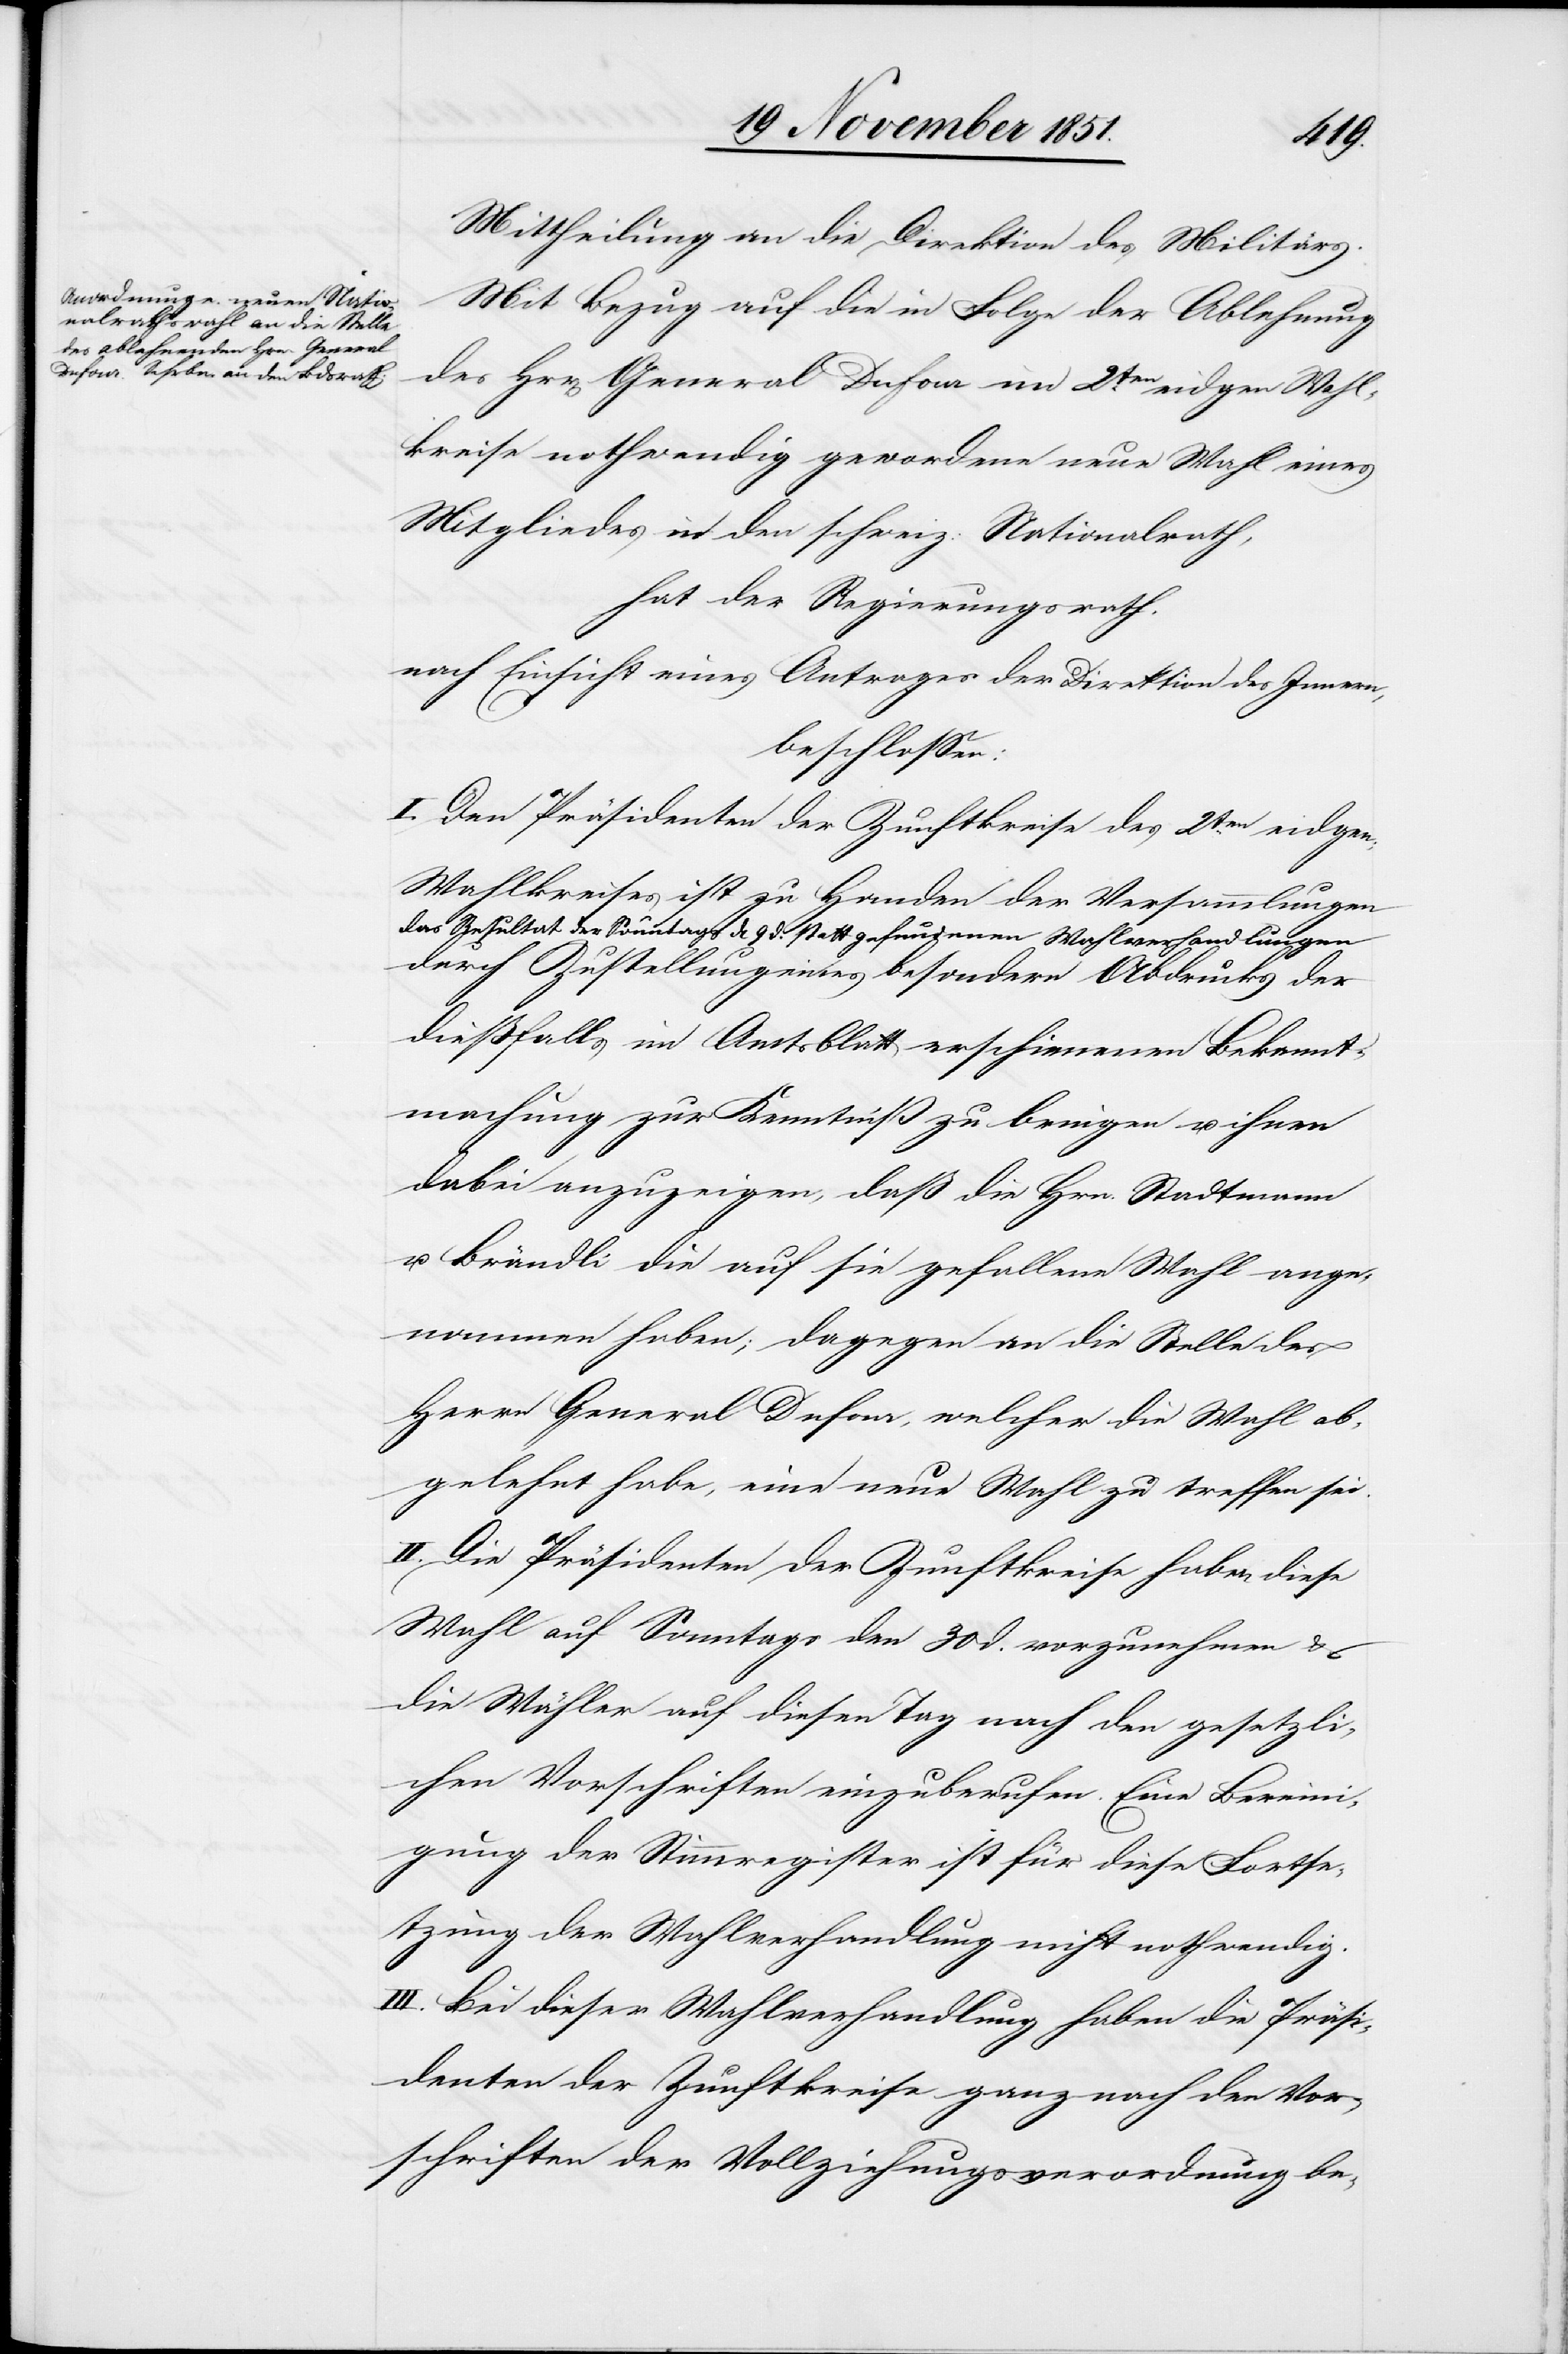
Mittheilung an die Direktion des Militärs.
Mit Bezug auf die in Folge der Ablehnung
des Hrr[en] General Dufour im 2ten. eidgen[.] Wahl¬
kreise nothwendig gewordene neue Wahl eines
Mitgliedes in den schweiz: Nationalrath,
hat der Regierungsrath,
nach Einsicht eines Antrages der Direktion des Innern,
beschlossen:
I. Den Präsidenten der Zunftkreise des 2ten. eidgen:
Wahlkreises ist zu Handen der Versammlungen
das Resultat der Sonntags d[en] 9 d. statt gefundenen Wahlverhandlungen
durch Zustellung eines besondern Abdrucks der
dießfalls im Amtsblatt erschienenen Bekannt¬
machung zur Kenntniß zu bringen u. ihnen
dabei anzuzeigen, daß die Hrn. Stadtmann
u. Brändli die auf sie gefallene Wahl ange¬
nommen haben; dagegen an die Stelle des
Herrn General Dufour, welcher die Wahl ab¬
gelehnt habe, eine neue Wahl zu treffen sei.
II. Die Präsidenten der Zunftkreise haben diese
Wahl auf Sonntags den 30 d. vorzunehmen &
die Wähler auf diesen Tag nach den gesetzli¬
chen Vorschriften einzuberufen. Eine Bereini¬
gung der Stimmregister ist für diese Fortse¬
tzung der Wahlverhandlung nicht nothwendig.
III. Bei dieser Wahlverhandlung haben die Präsi¬
denten der Zunftkreise ganz nach den Vor¬
schriften der Vollziehungsverordnung be-